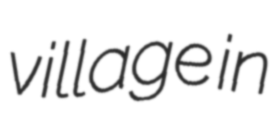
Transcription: village in